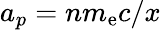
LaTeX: a_{p}=nm_{\mathrm{e}}c/x